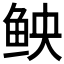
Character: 𫚐